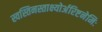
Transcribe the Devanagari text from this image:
स्वस्तिनस्ताक्ष्योर्अरिष्टनेमिः